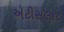
એટીસલાટ